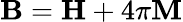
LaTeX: \mathbf{B}=\mathbf{H}+4\pi\mathbf{M}